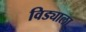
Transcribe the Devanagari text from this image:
विड्याला